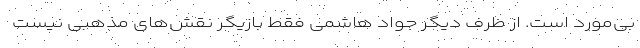
بی‌مورد است. از طرف دیگر جواد هاشمی فقط بازیگر نقش‌های مذهبی نیست